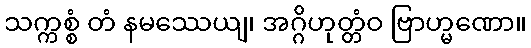
သက္ကစ္စံ တံ နမဿေယျ၊ အဂ္ဂိဟုတ္တံဝ ဗြာဟ္မဏော။